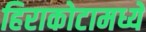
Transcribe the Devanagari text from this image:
हिराकोटामध्ये